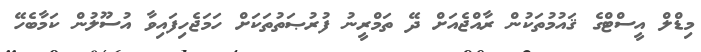
މިޑްލް އީސްޓްގެ ޤައުމުތަކުން ރާއްޖެއަށް ދޭ ތަމްރީނު ފުރުޞަތުތަކަށް ހަމަޖެހިފައިވާ އުސޫލުން ކަމާބެހޭ